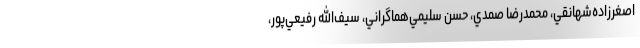
اصغرزاده‌شهانقي، محمدرضا صمدي، حسن سليمي‌هماگراني، سيف‌الله رفيعي‌پور،